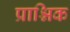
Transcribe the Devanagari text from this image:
प्राश्निक